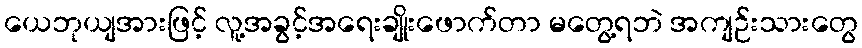
ယေဘုယျအားဖြင့် လူ့အခွင့်အရေးချိုးဖောက်တာ မတွေ့ရဘဲ အကျဉ်းသားတွေ